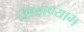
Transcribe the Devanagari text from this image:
सुब्रह्मण्याम